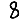
Digit: 8